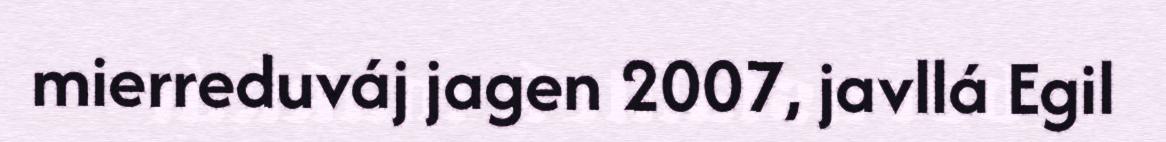
mierreduváj jagen 2007, javllá Egil